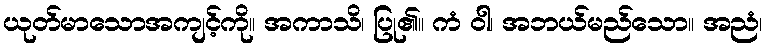
ယုတ်မာသောအကျင့်ကို။ အကာသိ၊ ပြု၏။ ကံ ဝါ၊ အဘယ်မည်သော။ အညံ၊